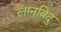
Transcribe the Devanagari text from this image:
लग्नबिंदु